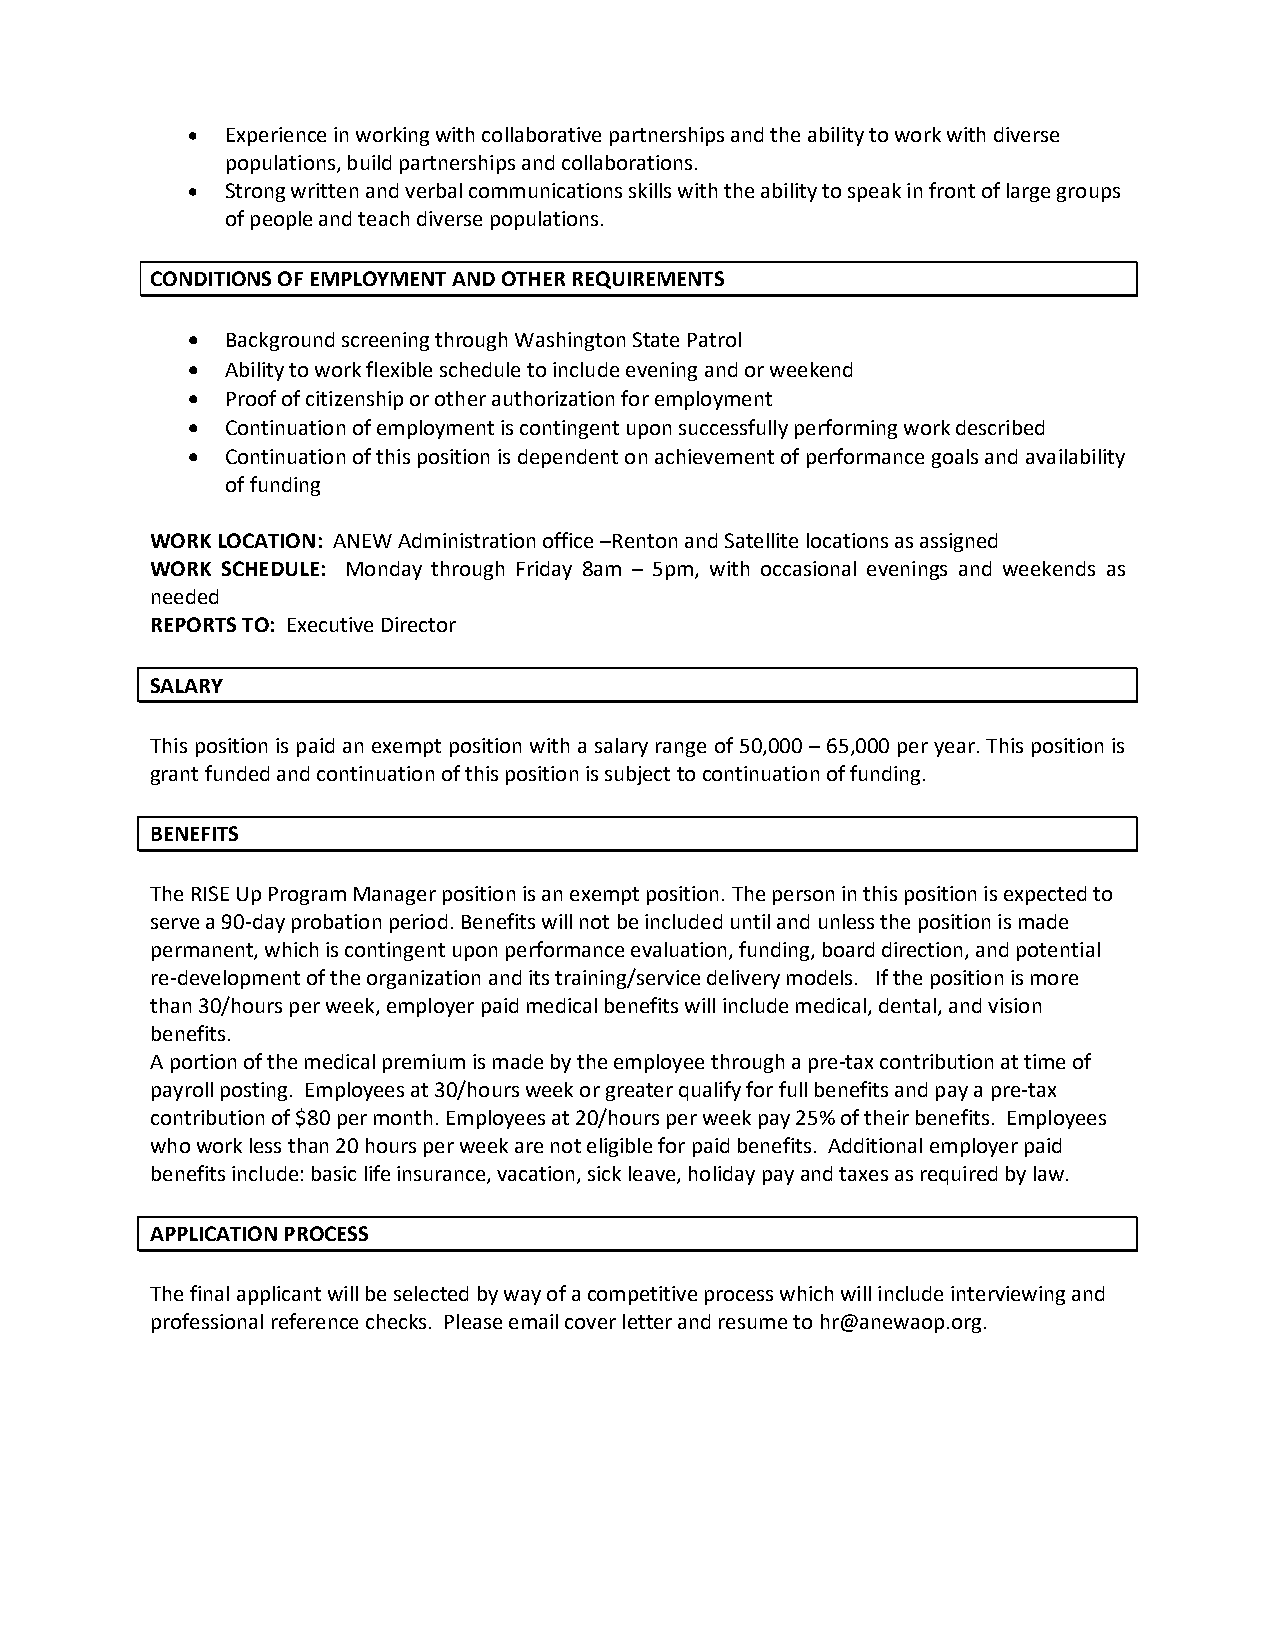
•  Experience in working with collaborative partnerships and the ability to work with diverse
 populations, build partnerships and collaborations.
 •  Strong written and verbal communications skills with the ability to speak in front of large groups
 of people and teach diverse populations.
 CONDITIONS OF EMPLOYMENT AND OTHER REQUIREMENTS
 •  Background screening through Washington State Patrol
 •  Ability to work flexible schedule to include evening and or weekend
 •  Proof of citizenship or other authorization for employment
 •  Continuation of employment is contingent upon successfully performing work described
 •  Continuation of this position is dependent on achievement of performance goals and availability
 of funding
 WORK LOCATION: ANEW Administration office –Renton and Satellite locations as assigned
 WORK SCHEDULE: Monday through Friday 8am – 5pm, with occasional evenings and weekends as
 needed
 REPORTS TO: Executive Director
 SALARY
 This position is paid an exempt position with a salary range of 50,000 – 65,000 per year. This position is
 grant funded and continuation of this position is subject to continuation of funding.
 BENEFITS
 The RISE Up Program Manager position is an exempt position. The person in this position is expected to
 serve a 90-day probation period. Benefits will not be included until and unless the position is made
 permanent, which is contingent upon performance evaluation, funding, board direction, and potential
 re-development of the organization and its training/service delivery models. If the position is more
 than 30/hours per week, employer paid medical benefits will include medical, dental, and vision
 benefits.
 A portion of the medical premium is made by the employee through a pre-tax contribution at time of
 payroll posting. Employees at 30/hours week or greater qualify for full benefits and pay a pre-tax
 contribution of $80 per month. Employees at 20/hours per week pay 25% of their benefits. Employees
 who work less than 20 hours per week are not eligible for paid benefits. Additional employer paid
 benefits include: basic life insurance, vacation, sick leave, holiday pay and taxes as required by law.
 APPLICATION PROCESS
 The final applicant will be selected by way of a competitive process which will include interviewing and
 professional reference checks. Please email cover letter and resume to hr@anewaop.org.